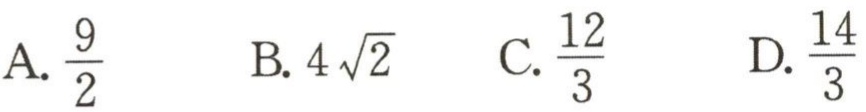
A. $\frac{9}{2}$  B. $4\sqrt{2}$  C. $\frac{12}{3}$  D. $\frac{14}{3}$